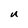
Character: U